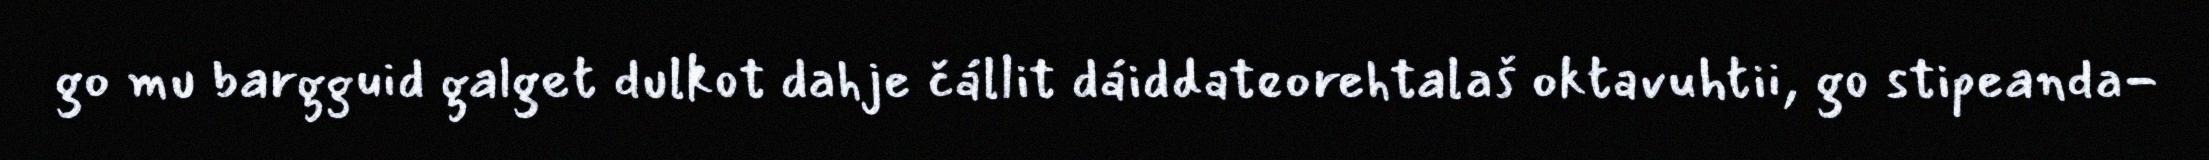
go mu bargguid galget dulkot dahje čállit dáiddateorehtalaš oktavuhtii, go stipeanda-